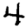
Digit: 4